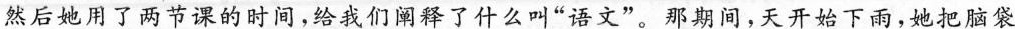
然后她用了两节课的时间，给我们阐释了什么叫”语文”。那期间，天开始下雨，她把脑袋